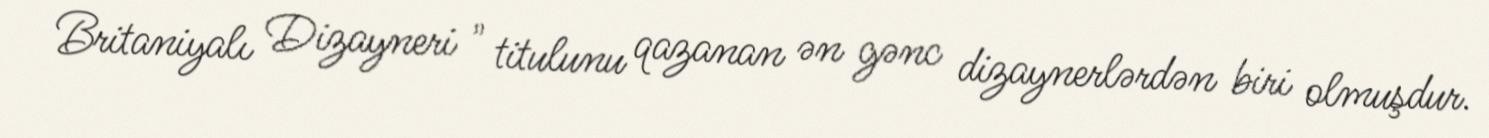
Britaniyalı Dizayneri " titulunu qazanan ən gənc dizaynerlərdən biri olmuşdur.